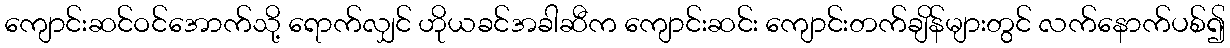
ကျောင်းဆင်ဝင်အောက်သို့ ရောက်လျှင် ဟိုယခင်အခါဆီက ကျောင်းဆင်း ကျောင်းတက်ချိန်များတွင် လက်နောက်ပစ်၍